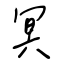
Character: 冥